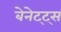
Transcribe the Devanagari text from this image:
बेनेट्ट्स